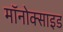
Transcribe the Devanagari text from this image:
मॉनोक्साइड